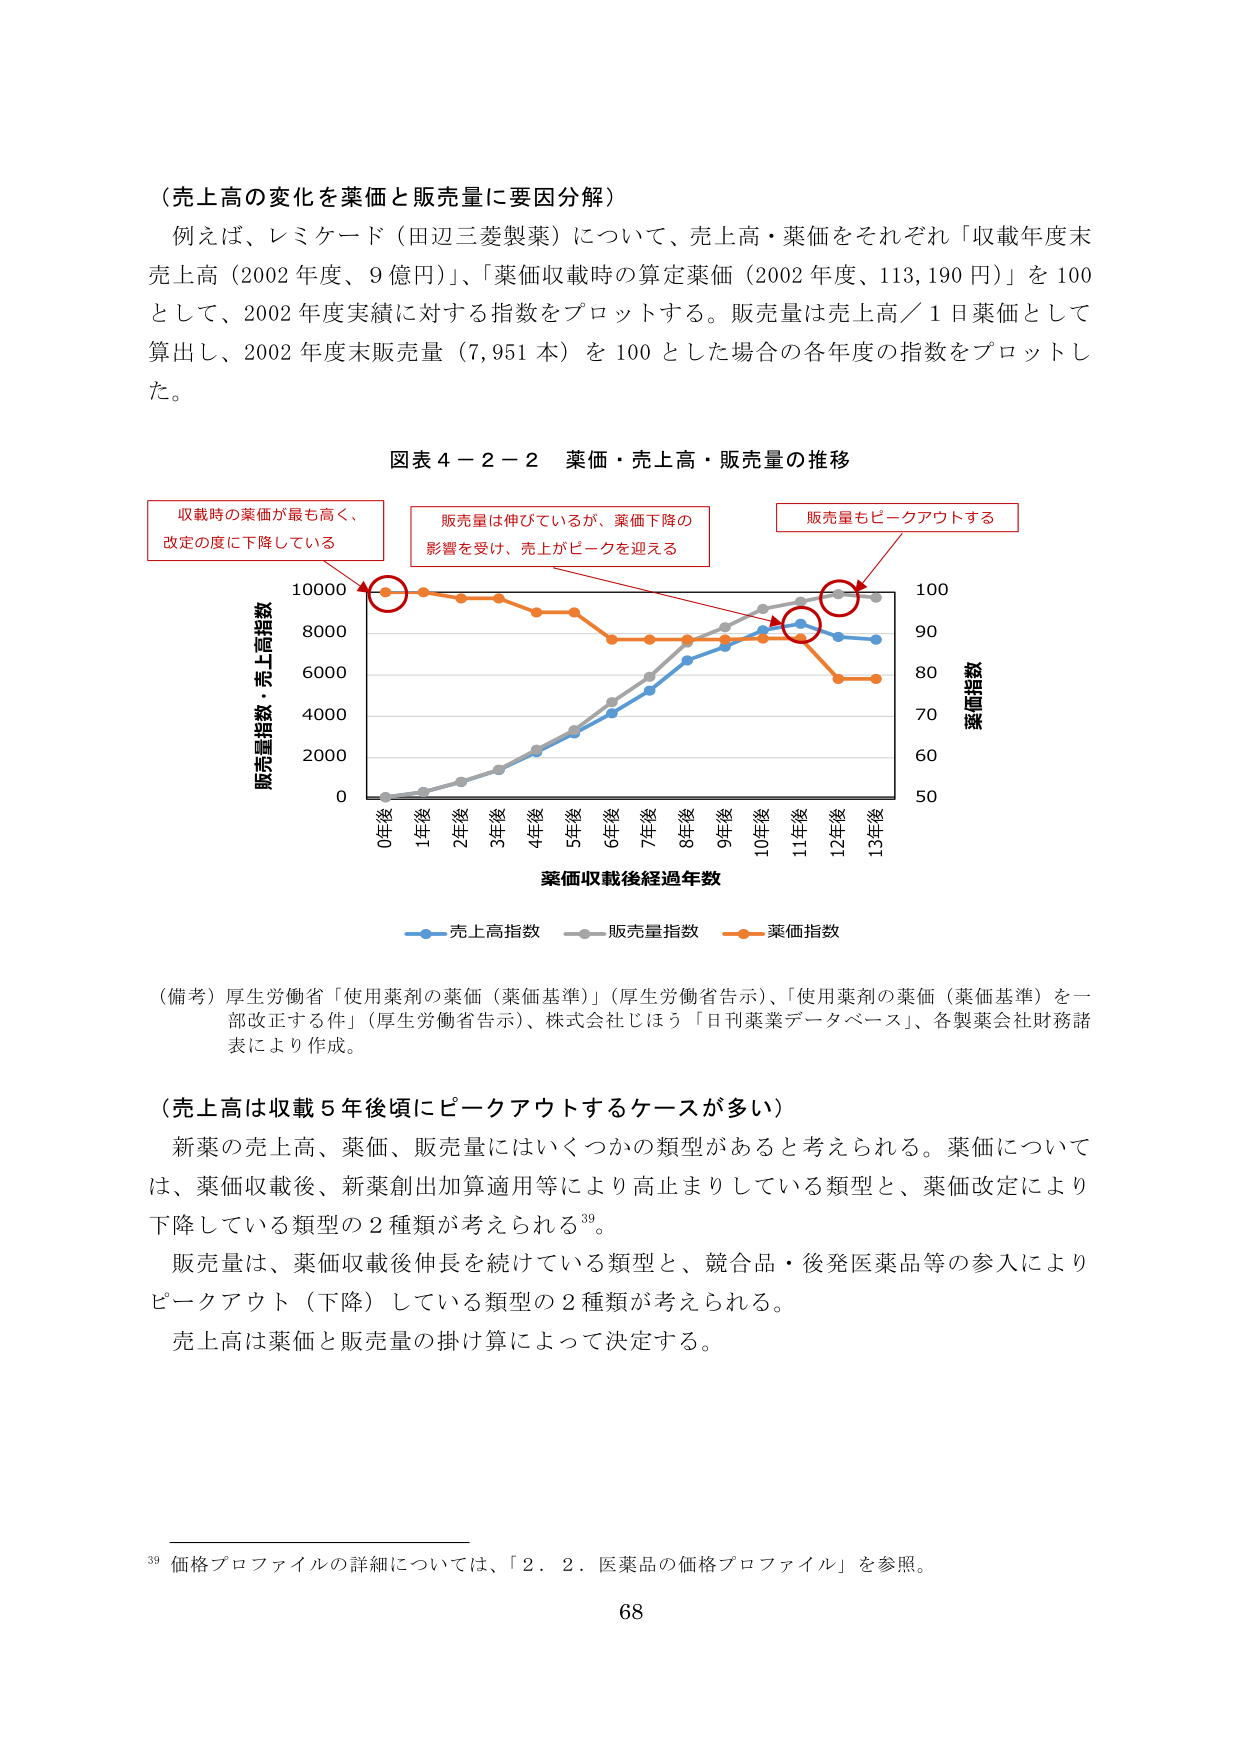
（売上高の変化を薬価と販売量に要因分解）

例えば、レミケード（田辺三菱製薬）について、売上高・薬価をそれぞれ「収載年度末売上高（2002年度、9億円）」、「薬価収載時の算定薬価（2002年度、113,190円）」を100として、2002年度実績に対する指数をプロットする。販売量は売上高／1日薬価として算出し、2002年度末販売量（7,951本）を100とした場合の各年度の指数をプロットした。

図表4－2－2 薬価・売上高・販売量の推移

収載時の薬価が最も高く、
改定の度に下降している

販売量は伸びているが、薬価下降の
影響を受け、売上がピークを迎える

販売量もピークアウトする

販売量指数・売上高指数
10000
8000
6000
4000
2000
0
0年後 1年後 2年後 3年後 4年後 5年後 6年後 7年後 8年後 9年後 10年後 11年後 12年後 13年後
薬価収載後経過年数

薬価指数
100
90
80
70
60
50

売上高指数
販売量指数
薬価指数

（備考）厚生労働省「使用薬剤の薬価（薬価基準）」（厚生労働省告示）、「使用薬剤の薬価（薬価基準）を一部改正する件」（厚生労働省告示）、株式会社じほう「日刊薬業データベース」、各製薬会社財務諸表により作成。

（売上高は収載5年後頃にピークアウトするケースが多い）

新薬の売上高、薬価、販売量にはいくつかの類型があると考えられる。薬価については、薬価収載後、新薬創出加算適用等により高止まりしている類型と、薬価改定により下降している類型の2種類が考えられる39。

販売量は、薬価収載後伸長を続けている類型と、競合品・後発医薬品等の参入によりピークアウト（下降）している類型の2種類が考えられる。

売上高は薬価と販売量の掛け算によって決定する。

39 価格プロファイルの詳細については、「2．2．医薬品の価格プロファイル」を参照。

68